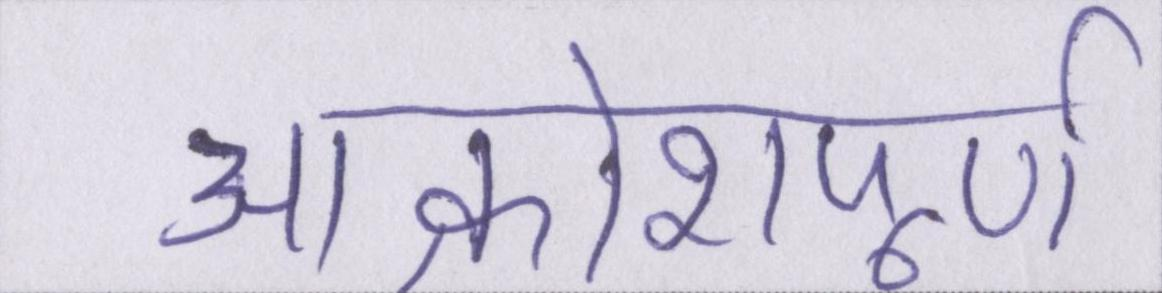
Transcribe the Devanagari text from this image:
आक्रोशपूर्ण